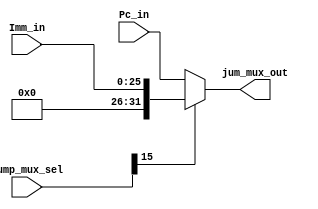
`timescale 1ns / 1ps
//////////////////////////////////////////////////////////////////////////////////
// Company: 
// Engineer: 
// 
// Design Name: 
// Module Name:    JUMP_Mux 
// Project Name: 
// Target Devices: 
// Tool versions: 
// Description: 
//
// Dependencies: 
//
// Revision: 
// Revision 0.01 - File Created
// Additional Comments: 
//
//////////////////////////////////////////////////////////////////////////////////
module JUMP_Mux(
    input [31:0] Pc_in,
    input [25:0] Imm_in,
    input [19:0] jump_mux_sel,
    output reg [31:0] jum_mux_out
    );

reg [31:0] Imm_ext_reg = 32'b0;

always @ (*)
begin
	if(jump_mux_sel[15] == 1'b1)
	begin
		Imm_ext_reg[25:0] = Imm_in;
		jum_mux_out = Imm_ext_reg;
	end
	else
	begin
		jum_mux_out = Pc_in;
	end
end

endmodule